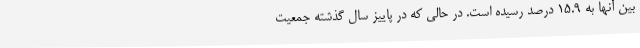
بین آنها به 15.9 درصد رسیده است. در حالی که در پاییز سال گذشته جمعیت